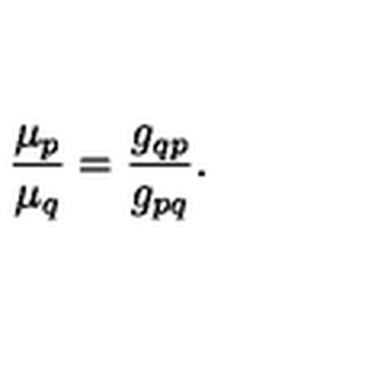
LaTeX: \frac { \mu _ { p } } { \mu _ { q } } = \frac { g _ { q p } } { g _ { p q } } .